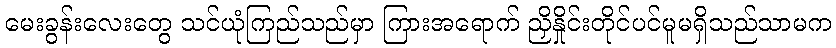
မေးခွန်းလေးတွေ သင်ယုံကြည်သည်မှာ ကြားအရောက် ညှိနှိုင်းတိုင်ပင်မူမရှိသည်သာမက